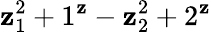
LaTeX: \mathbf{z}_{1}^{2}+1^{\mathbf{z}}-\mathbf{z}_{2}^{2}+2^{\mathbf{z}}